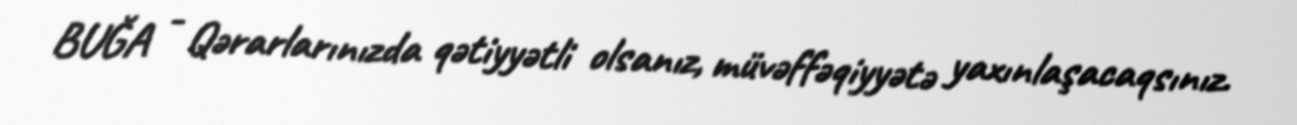
BUĞA - Qərarlarınızda qətiyyətli olsanız, müvəffəqiyyətə yaxınlaşacaqsınız.